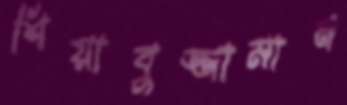
শিয়াবুজ্জামান